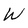
Character: W